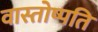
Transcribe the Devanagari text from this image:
वास्तोष्पति